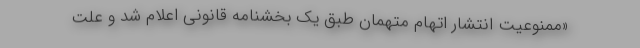
«ممنوعیت انتشار اتهام متهمان طبق یک بخشنامه قانونی اعلام شد و علت